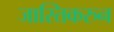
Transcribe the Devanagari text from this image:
जास्तिकरुन